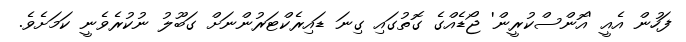
ފަހުން އެއީ 'އޮންސްކުރީން' ޖޯޑެއްގެ ގޮތުގައި ގިނަ ޑައިރެކްޓަރުންނަށް ގަބޫލު ނުކުރެވެނީ ކަމަށެވެ.